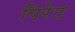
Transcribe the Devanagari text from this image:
पिरेट